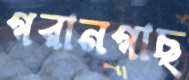
গরানগাছ